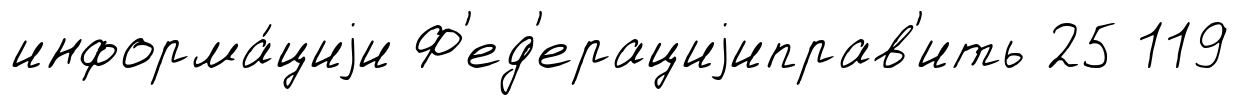
информа́циjи Ф'ед'ерациjиправ'ить 25 119